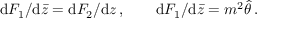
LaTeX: \mathrm { d } F _ { 1 } / \mathrm { d } \bar { z } = \mathrm { d } F _ { 2 } / \mathrm { d } z \, , \qquad \mathrm { d } F _ { 1 } / \mathrm { d } \bar { z } = m ^ { 2 } \hat { \theta } \, .